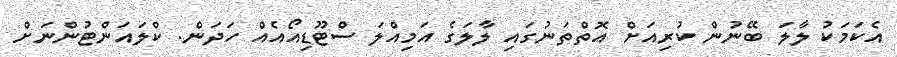
އެކަމަކު ލާލަ ބޭނުން ކުރިއަށް އޮތްތަނުގައި ލާލަގެ އަމިއްލަ ސްޓޫޑިއޯއެއް ހަދަން. ކްލައަންޓުންނަށް